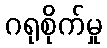
ဂရုစိုက်မှု